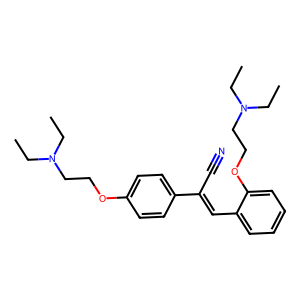
SMILES: CCN(CC)CCOc1ccc(C(C#N)=Cc2ccccc2OCCN(CC)CC)cc1
Inhibits HIV replication: No